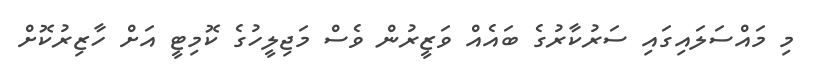
މި މައްސަލައިގައި ސަރުކާރުގެ ބައެއް ވަޒީރުން ވެސް މަޖިލީހުގެ ކޮމިޓީ އަށް ހާޒިރުކޮށް